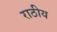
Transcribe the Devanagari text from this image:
राठीय